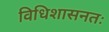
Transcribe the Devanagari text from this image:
विधिशासनतः